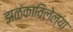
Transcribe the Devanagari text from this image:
झळंकाविलेल्या